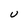
Character: U